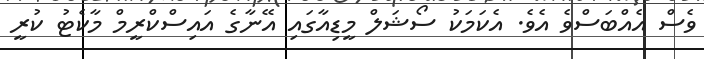
ވެސް އެއްބަސްވެ އެވެ. އެކަމަކު ސޯޝަލް މީޑިއާގައި އޭނާގެ އައިސްކްރީމް މާކެޓު ކުރީ